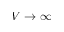
V \rightarrow \infty